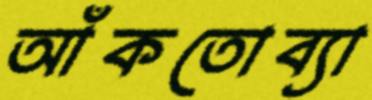
আঁকতোব্যা